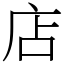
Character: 店